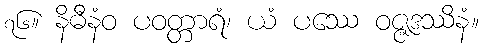
၇၆။ နိဓီနံဝ ပဝတ္တာရံ၊ ယံ ပဿေ ဝဇ္ဇဒဿိနံ။